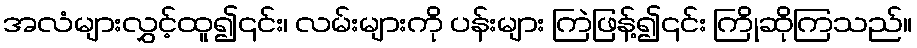
အလံများလွှင့်ထူ၍၎င်း၊ လမ်းများကို ပန်းများ ကြဲဖြန့်၍၎င်း ကြိုဆိုကြသည်။